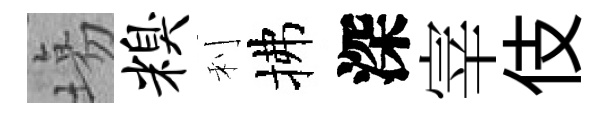
塲糗利拂深宰伎